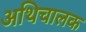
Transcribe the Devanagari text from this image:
अथिचालक